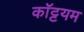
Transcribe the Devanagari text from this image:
कॉट्टयम